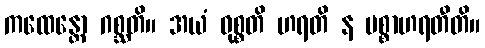
ကထေန္တော ဂစ္ဆတိ။ အယံ ဝုစ္စတိ ဟရတိ န ပစ္စာဟရတီတိ။